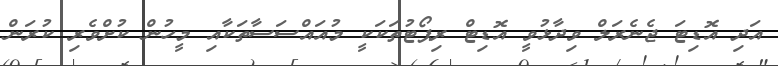
އަދި އޮޑިޓަ ޖެނެރަލް ވިދާޅުވީ އޮޑިޓް ރިޕޯޓުތަކަކީ މުއައްސަސާތަކާއި މީހުން ކުށްވެރި ކުރަން